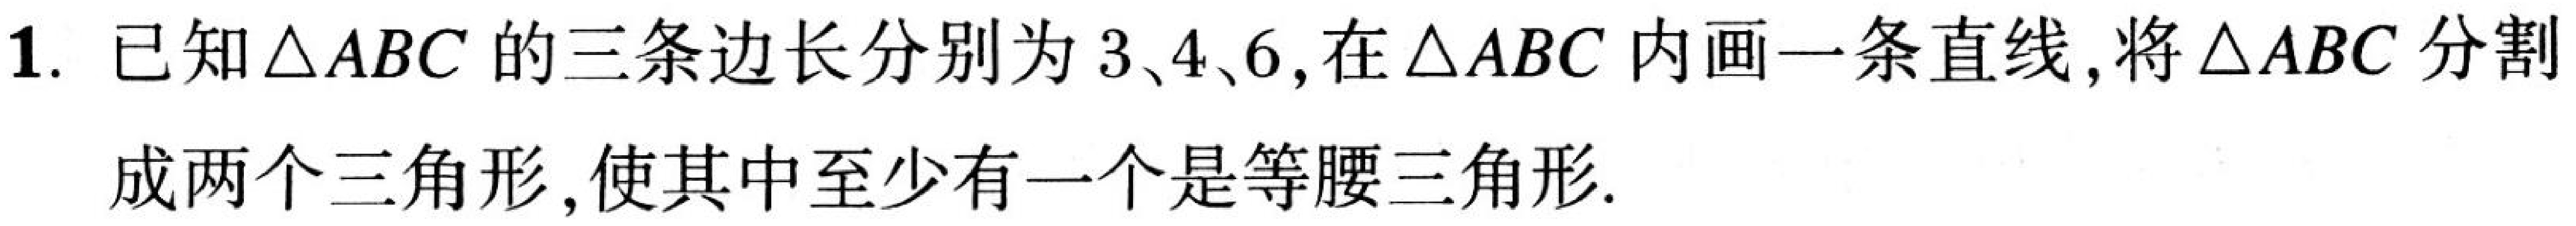
1. 已知\(\triangle ABC\)的三条边长分别为\(3\)、\(4\)、\(6\),在\(\triangle ABC\)内画一条直线,将\(\triangle ABC\)分割成两个三角形,使其中至少有一个是等腰三角形.